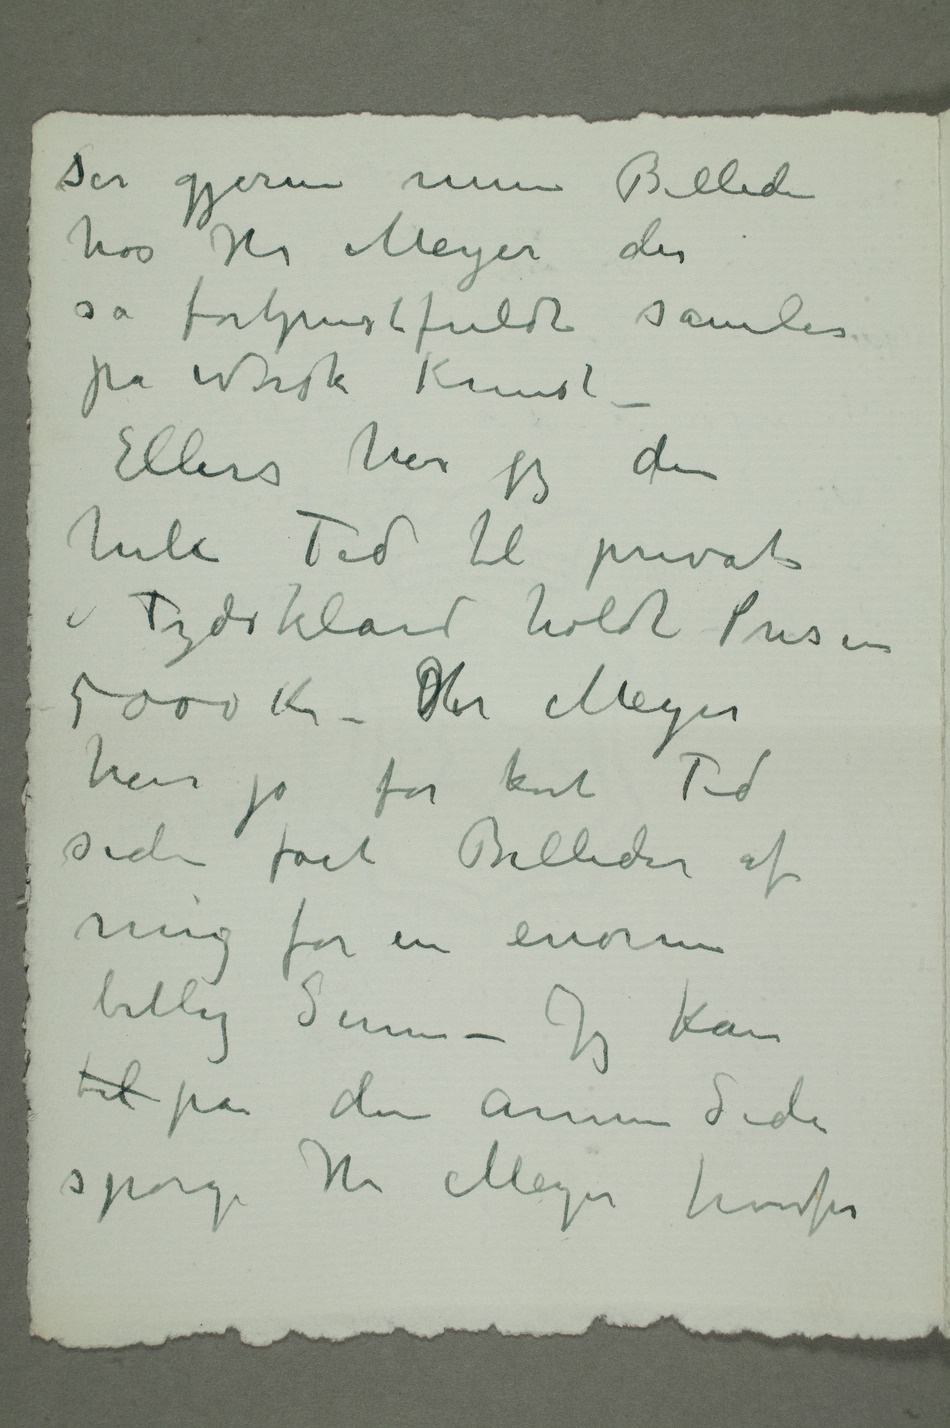
ser gjerne mine Billeder
hos Hr Meyer der
så fortjenestfuldt samler
på Norsk Kunst
– Ellers har jeg den
hele Tid til private
i Tydskland holdt Prisen
5000 Kr – DHr Meyer
har jo for kort Tid
siden fået Billeder af
mig for en enorm
billig Sum – Jeg kan
til på den annen Side
spørge Hr Meyer hvorfor